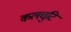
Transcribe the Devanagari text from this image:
कलचुटि